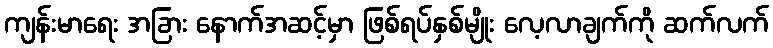
ကျန်းမာရေး အခြား နောက်အဆင့်မှာ ဖြစ်ရပ်နှစ်မျိုး လေ့လာချက်ကို ဆက်လက်